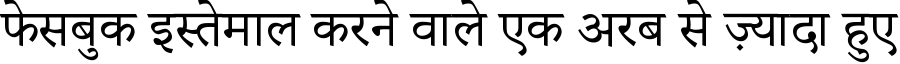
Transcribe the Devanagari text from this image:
फेसबुक इस्तेमाल करने वाले एक अरब से ज़्यादा हुए